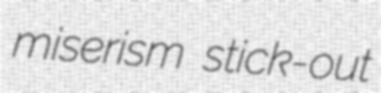
miserism stick-out